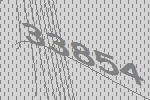
33854